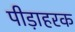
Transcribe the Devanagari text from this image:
पीड़ाहरक